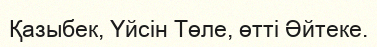
Қазыбек, Үйсін Төле, өтті Әйтеке.